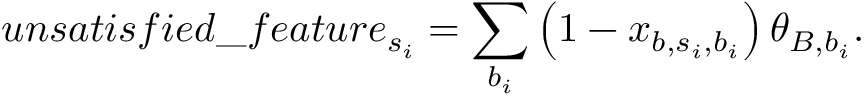
u n s a t i s f i e d \_ f e a t u r e _ { s _ { i } } = \sum _ { b _ { i } } \left( 1 - x _ { b , s _ { i } , b _ { i } } \right) \theta _ { B , b _ { i } } .